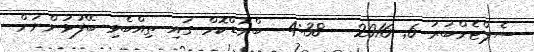
ސެޕްޓެމްބަރު 6